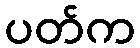
ပတ်က